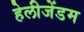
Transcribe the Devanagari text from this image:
हेलीजेंडम